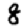
Digit: 8